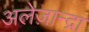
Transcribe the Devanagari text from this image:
अलेज़ान्द्रा